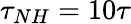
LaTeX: \tau_{NH}=10\tau